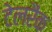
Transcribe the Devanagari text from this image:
टेलरैंक